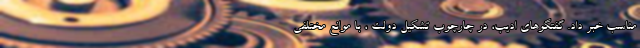
مناسب خبر داد. گفتگوهای ادیب، در چارچوب تشکیل دولت ، با موانع مختلفی